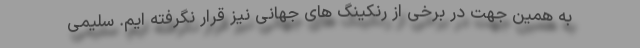
به همین جهت در برخی از رنکینگ های جهانی نیز قرار نگرفته ایم. سلیمی